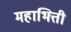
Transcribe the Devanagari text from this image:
महाभित्ती